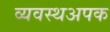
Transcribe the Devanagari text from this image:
व्यवस्थअपक